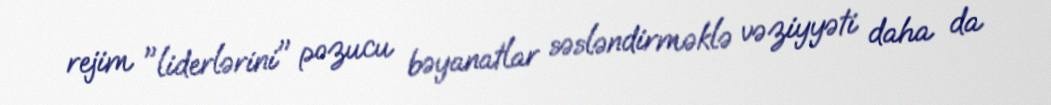
rejim "liderlərini" pozucu bəyanatlar səsləndirməklə vəziyyəti daha da